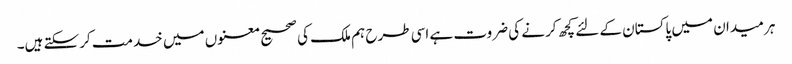
ہر میدان میں پاکستان کے لئے کچھ کرنے کی ضروت ہے اسی طرح ہم ملک کی صحیح معنوں میں خدمت کرسکتے ہیں۔